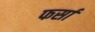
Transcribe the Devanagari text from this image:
फर्सा